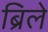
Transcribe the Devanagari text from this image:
ब्रिले